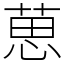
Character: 葸